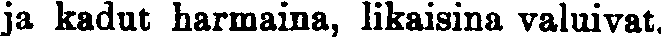
ja kadut harmaina, likaisina valuivat.